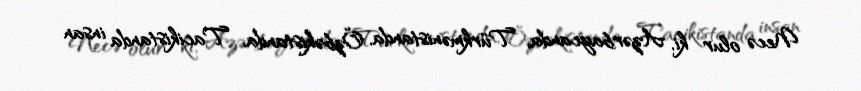
Necə olur ki, Azərbaycanda, Türkmənistanda, Özbəkistanda, Tacikistanda insan